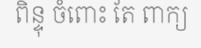
ពិន្ទុ ចំពោះ តែ ពាក្យ